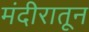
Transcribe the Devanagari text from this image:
मंदीरातून